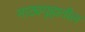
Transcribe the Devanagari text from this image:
नाट्यगृहातील